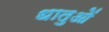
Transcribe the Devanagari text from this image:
धातुआें